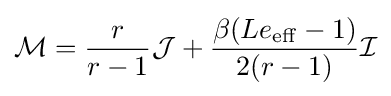
{\mathcal {M}}={\frac {r}{r-1}}{\mathcal {J}}+{\frac {\beta (Le_{\mathrm {eff} }-1)}{2(r-1)}}{\mathcal {I}}